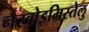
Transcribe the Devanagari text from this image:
नैस्वोइमिस्तेलु